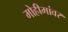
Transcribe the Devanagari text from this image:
मोहीमांवर